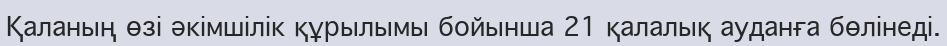
Қаланың өзі әкімшілік құрылымы бойынша 21 қалалық ауданға бөлінеді.